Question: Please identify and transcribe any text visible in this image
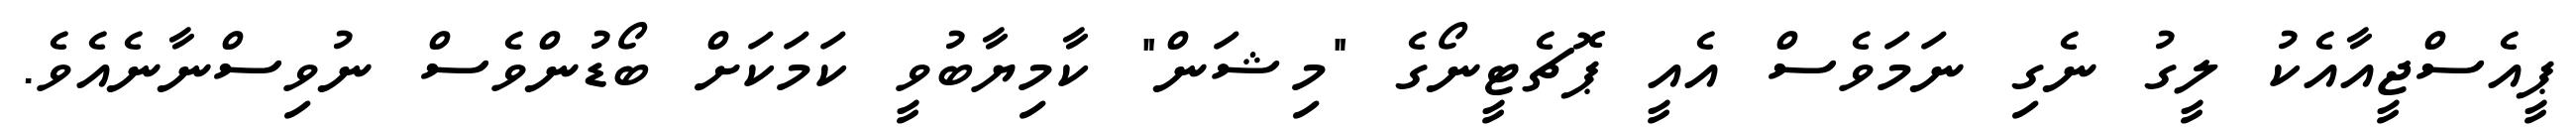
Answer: ޕީއެސްޖީއާއެކު ލީގު ނެގި ނަމަވެސް އެއީ ޕޮޗެޓީނޯގެ "މިޝަން" ކާމިޔާބުވީ ކަމަކަށް ބޯޑުންވެސް ނުވިސްނާނެއެވެ.